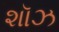
શૉઝ